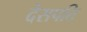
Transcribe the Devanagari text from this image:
देसपति